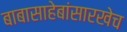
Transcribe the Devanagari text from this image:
बाबासाहेबांसारखेच